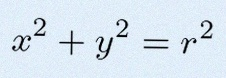
x^2+y^2=r^2